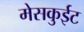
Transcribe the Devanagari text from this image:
मेसकुईट